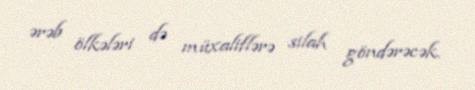
ərəb ölkələri də müxaliflərə silah göndərəcək.